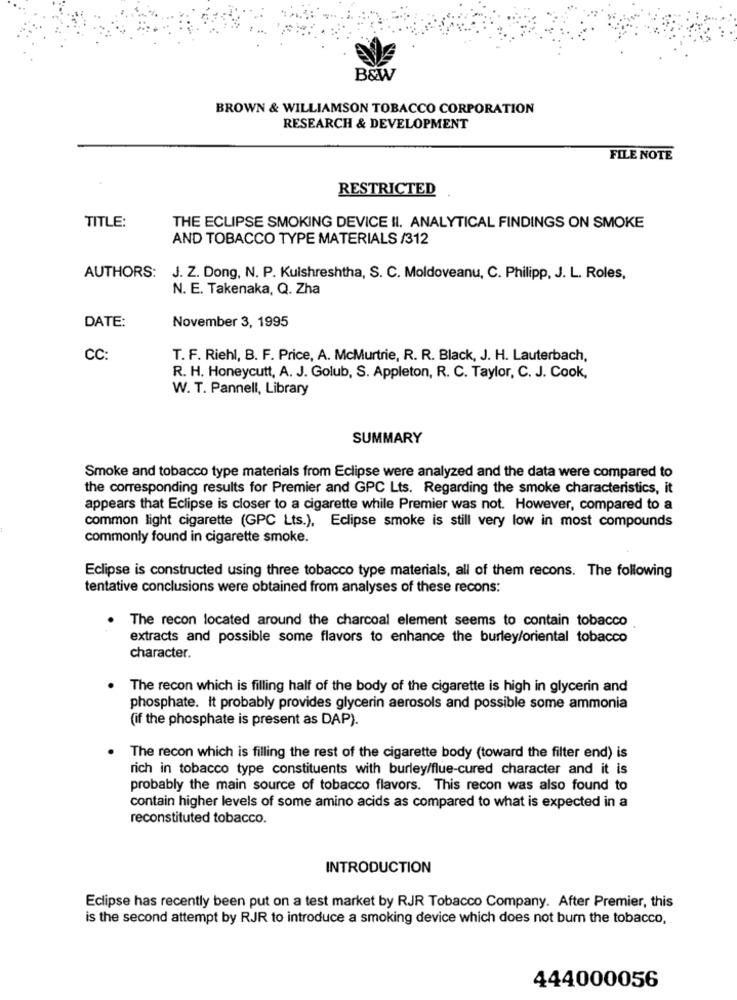
B&W
BROWN & WILLIAMSON TOBACCO CORPORATION
RESEARCH & DEVELOPMENT
FILE NOTE
RESTRICTED
TITLE:
THE ECLIPSE SMOKING DEVICE II. ANALYTICAL FINDINGS ON SMOKE
AND TOBACCO TYPE MATERIALS /312
AUTHORS:
J. Z. Dong, N. P. Kulshreshtha, S. C. Moldoveanu, C. Philipp, J. L. Roles,
N. E. Takenaka, Q. Zha
DATE:
November 3, 1995
CC:
T. F. Riehl, B. F. Price, A. McMurtrie, R. R. Black, J. H. Lauterbach,
R. H. Honeycutt, A. J. Golub, S. Appleton, R. C. Taylor, C. J. Cook,
W. T. Pannell, Library
SUMMARY
Smoke and tobacco type materials from Eclipse were analyzed and the data were compared to
the corresponding results for Premier and GPC Lts. Regarding the smoke characteristics, it
appears that Eclipse is closer to a cigarette while Premier was not. However, compared to a
common light cigarette (GPC Lts.), Eclipse smoke is still very low in most compounds
commonly found in cigarette smoke.
Eclipse is constructed using three tobacco type materials, all of them recons. The following
tentative conclusions were obtained from analyses of these recons:
The recon located around the charcoal element seems to contain tobacco
extracts and possible some flavors to enhance the burley/oriental tobacco
character.
The recon which is filling half of the body of the cigarette is high in glycerin and
phosphate. It probably provides glycerin aerosols and possible some ammonia
(if the phosphate is present as DAP).
The recon which is filling the rest of the cigarette body (toward the filter end) is
rich in tobacco type constituents with burley/flue-cured character and it is
probably the main source of tobacco flavors. This recon was also found to
contain higher levels of some amino acids as compared to what is expected in a
reconstituted tobacco.
INTRODUCTION
Eclipse has recently been put on a test market by RJR Tobacco Company. After Premier, this
is the second attempt by RJR to introduce a smoking device which does not burn the tobacco,
444000056